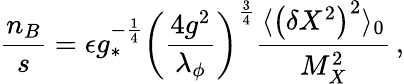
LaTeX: \frac{n_{B}}{s}=\epsilon g_{*}^{-\frac{1}{4}}\left(\frac{4g^{2}}{\lambda_{\phi}}\right)^{\frac{3}{4}}\frac{\langle\left(\delta X^{2}\right)^{2}\rangle_{0}}{M_{X}^{2}}\, ,